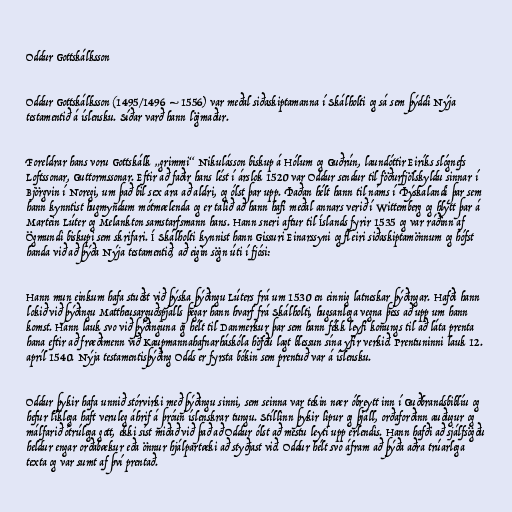
Oddur Gottskálksson

Oddur Gottskálksson (1495/1496 – 1556) var meðal siðaskiptamanna í Skálholti og sá sem þýddi Nýja
testamentið á íslensku. Síðar varð hann lögmaður.

Foreldrar hans voru Gottskálk „grimmi“ Nikulásson biskup á Hólum og Guðrún, laundóttir Eiríks slógnefs
Loftssonar, Guttormssonar. Eftir að faðir hans lést í árslok 1520 var Oddur sendur til föðurfjölskyldu sinnar í
Björgvin í Noregi, um það bil sex ára að aldri, og ólst þar upp. Þaðan hélt hann til náms í Þýskalandi þar sem
hann kynntist hugmyndum mótmælenda og er talið að hann hafi meðal annars verið í Wittemberg og hlýtt þar á
Martein Lúter og Melankton samstarfsmann hans. Hann sneri aftur til Íslands fyrir 1535 og var ráðinn af
Ögmundi biskupi sem skrifari. Í Skálholti kynnist hann Gissuri Einarssyni og fleiri siðaskiptamönnum og hófst
handa við að þýða Nýja testamentið, að eigin sögn úti í fjósi:

Hann mun einkum hafa stuðst við þýska þýðingu Lúters frá um 1530 en einnig latneskar þýðingar. Hafði hann
lokið við þýðingu Mattheusarguðspjalls þegar hann hvarf frá Skálholti, hugsanlega vegna þess að upp um hann
komst. Hann lauk svo við þýðinguna og hélt til Danmerkur þar sem hann fékk leyfi konungs til að láta prenta
hana eftir að fræðimenn við Kaupmannahafnarháskóla höfðu lagt blessun sína yfir verkið. Prentuninni lauk 12.
apríl 1540. Nýja testamentisþýðing Odds er fyrsta bókin sem prentuð var á íslensku.

Oddur þykir hafa unnið stórvirki með þýðingu sinni, sem seinna var tekin nær óbreytt inn í Guðbrandsbiblíu og
hefur líklega haft veruleg áhrif á þróun íslenskrar tungu. Stíllinn þykir lipur og þjáll, orðaforðinn auðugur og
málfarið ótrúlega gott, ekki síst miðað við það að Oddur ólst að mestu leyti upp erlendis. Hann hafði að sjálfsögðu
heldur engar orðabækur eða önnur hjálpartæki að styðjast við. Oddur hélt svo áfram að þýða aðra trúarlega
texta og var sumt af því prentað.